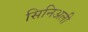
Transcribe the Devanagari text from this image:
सिनिअली